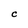
Character: C